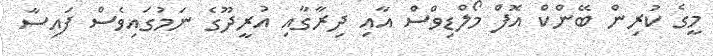
މީގެ ކުރިން ބޭންކް އޮފް މޯލްޑިވްސް އާއި ދިރާގާއި އުރީދޫގެ ނަމުގައިވެސް ފައިސާ